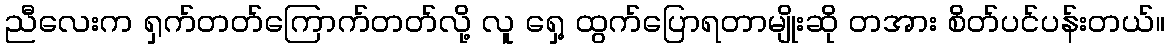
ညီလေးက ရှက်တတ်ကြောက်တတ်လို့ လူ ရှေ့ ထွက်ပြောရတာမျိုးဆို တအား စိတ်ပင်ပန်းတယ်။